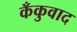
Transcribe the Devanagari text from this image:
कँकुवाद